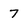
Character: 7